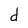
Character: d